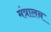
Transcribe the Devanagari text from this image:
मंत्रालन